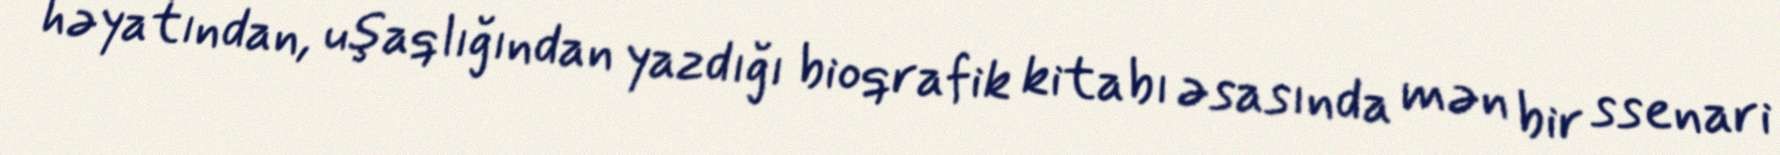
həyatından, uşaqlığından yazdığı bioqrafik kitabı əsasında mən bir ssenari